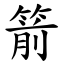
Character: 箭